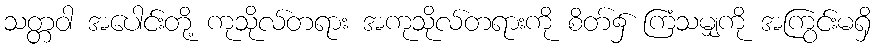
သတ္တဝါ အပေါင်းတို့ ကုသိုလ်တရား အကုသိုလ်တရားကို စိတ်၌ ကြံသမျှကို အကြွင်းမရှိ